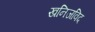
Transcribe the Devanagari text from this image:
खनिजविद